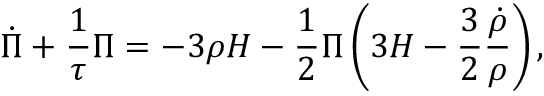
\dot { \Pi } + \frac 1 { \tau } \Pi = - 3 \rho H - \frac 1 2 \Pi \left( 3 H - \frac 3 2 \frac { \dot { \rho } } { \rho } \right) ,